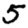
Digit: 5